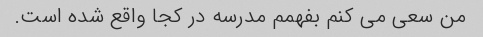
من سعی می کنم بفهمم مدرسه در کجا واقع شده است.